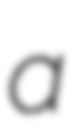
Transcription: a